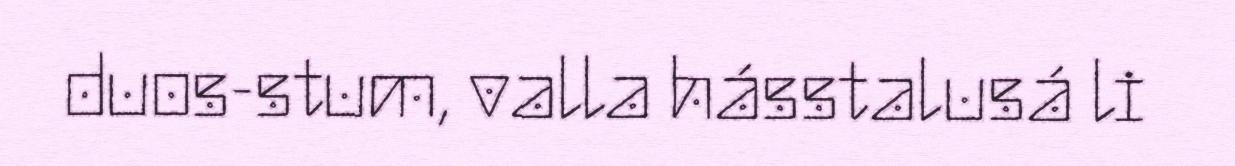
duos-stum, valla hásstalusá li